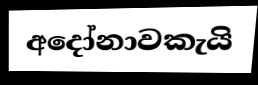
අදෝනාවකැයි